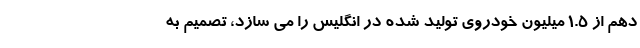
دهم از 1.5 میلیون خودروی تولید شده در انگلیس را می سازد، تصمیم به